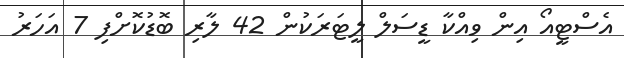
އެސްޓީއޯ އިން ވިއްކާ ޑީސަލް ލީޓަރަކުން 42 ލާރި ބޮޑުކޮށްފި 7 އަހަރު